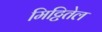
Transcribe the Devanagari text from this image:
मिट्टितेल